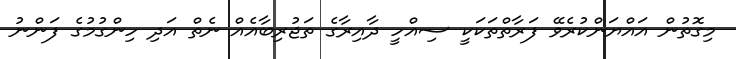
މިގޮތުން އައްޔަންކުރެވޭ ފަރާތްތަކަކީ ސިއްހީ ދާއިރާގެ ތަޖުރިބާއެއް ނެތް އަދި ހިންގުމުގެ ފަންނު